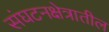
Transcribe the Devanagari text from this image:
संघटनक्षेत्रातील